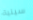
سينية